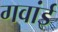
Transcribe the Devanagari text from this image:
गवांई